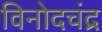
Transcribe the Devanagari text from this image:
विनोदचंद्र